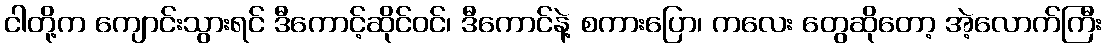
ငါတို့က ကျောင်းသွားရင် ဒီကောင့်ဆိုင်ဝင်၊ ဒီကောင်နဲ့ စကားပြော၊ ကလေး တွေဆိုတော့ အဲ့လောက်ကြီး